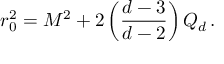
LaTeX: r _ { 0 } ^ { 2 } = M ^ { 2 } + 2 \left( \frac { d - 3 } { d - 2 } \right) { \cal Q } _ { d } \, .